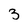
Character: 3